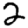
Digit: 2